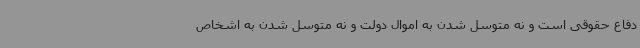
دفاع حقوقی است و نه متوسل شدن به اموال دولت و نه متوسل شدن به اشخاص